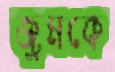
জুমকে